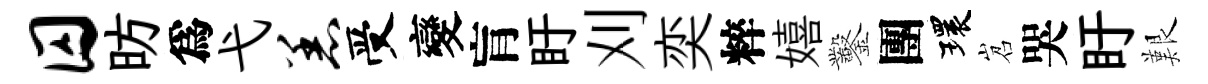
囚昉爲弋恙受變肓盱刈奕粹嬉鑿團環岧哭盱艱